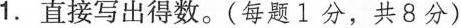
1.直接写出得数。(每题1分，共8分)